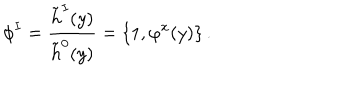
\phi ^ { I } = { \frac { \tilde { h } ^ { I } ( y ) } { \tilde { h } ^ { 0 } ( y ) } } = \{ 1 , \varphi ^ { x } ( y ) \} \, .